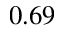
0 . 6 9